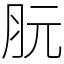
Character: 䏓